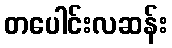
တပေါင်းလဆန်း